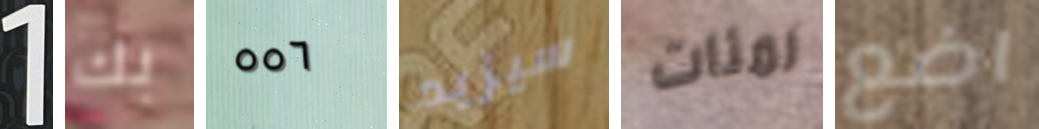
1 بك ٥٥٦ سيزيد لمئات اضع